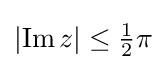
{\textstyle \left|\operatorname {Im} z\right|\leq {\tfrac {1}{2}}\pi }